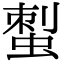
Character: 𧌐